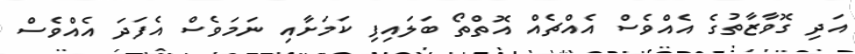
އަދި ގޮވާޒާތުގެ އެއްވެސް އެއްޗެއް އޮތްތޯ ބަލައިފި ކަމަށާއި ނަމަވެސް އެފަދަ އެއްވެސް